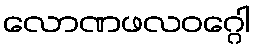
လောဏဖလဝဂ္ဂေါ